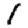
Digit: 1